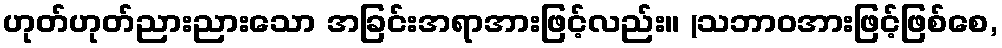
ဟုတ်ဟုတ်ညားညားသော အခြင်းအရာအားဖြင့်လည်း။ (သဘာဝအားဖြင့်ဖြစ်စေ,